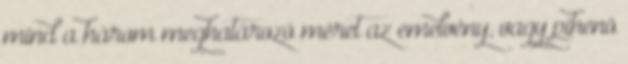
mind a három meghatározó méret az emelvény, vagy pihenõ